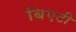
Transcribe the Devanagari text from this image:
बिएटी